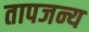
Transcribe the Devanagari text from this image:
तापजन्य